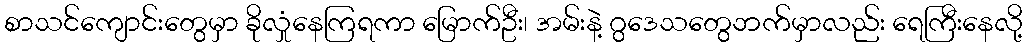
စာသင်ကျောင်းတွေမှာ ခိုလှုံနေကြရကာ မြောက်ဦး၊ အမ်းနဲ့ ဂွဒေသတွေဘက်မှာလည်း ရေကြီးနေလို့